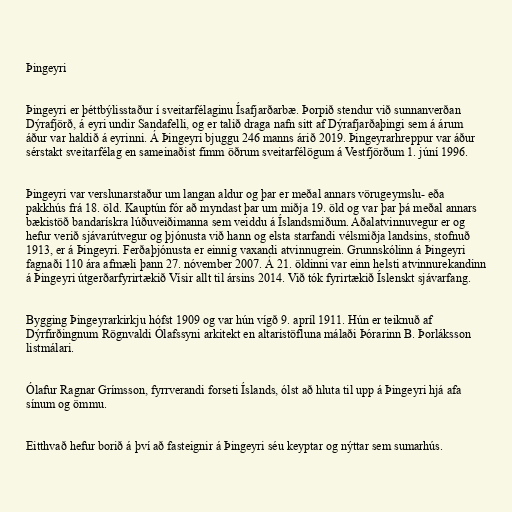
Þingeyri

Þingeyri er þéttbýlisstaður í sveitarfélaginu Ísafjarðarbæ. Þorpið stendur við sunnanverðan
Dýrafjörð, á eyri undir Sandafelli, og er talið draga nafn sitt af Dýrafjarðaþingi sem á árum
áður var haldið á eyrinni. Á Þingeyri bjuggu 246 manns árið 2019. Þingeyrarhreppur var áður
sérstakt sveitarfélag en sameinaðist fimm öðrum sveitarfélögum á Vestfjörðum 1. júní 1996.

Þingeyri var verslunarstaður um langan aldur og þar er meðal annars vörugeymslu- eða
pakkhús frá 18. öld. Kauptún fór að myndast þar um miðja 19. öld og var þar þá meðal annars
bækistöð bandarískra lúðuveiðimanna sem veiddu á Íslandsmiðum. Aðalatvinnuvegur er og
hefur verið sjávarútvegur og þjónusta við hann og elsta starfandi vélsmiðja landsins, stofnuð
1913, er á Þingeyri. Ferðaþjónusta er einnig vaxandi atvinnugrein. Grunnskólinn á Þingeyri
fagnaði 110 ára afmæli þann 27. nóvember 2007. Á 21. öldinni var einn helsti atvinnurekandinn
á Þingeyri útgerðarfyrirtækið Vísir allt til ársins 2014. Við tók fyrirtækið Íslenskt sjávarfang.

Bygging Þingeyrarkirkju hófst 1909 og var hún vígð 9. apríl 1911. Hún er teiknuð af
Dýrfirðingnum Rögnvaldi Ólafssyni arkitekt en altaristöfluna málaði Þórarinn B. Þorláksson
listmálari.

Ólafur Ragnar Grímsson, fyrrverandi forseti Íslands, ólst að hluta til upp á Þingeyri hjá afa
sínum og ömmu.

Eitthvað hefur borið á því að fasteignir á Þingeyri séu keyptar og nýttar sem sumarhús.